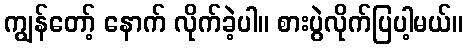
ကျွန်တော့် နောက် လိုက်ခဲ့ပါ။ စားပွဲလိုက်ပြပါ့မယ်။